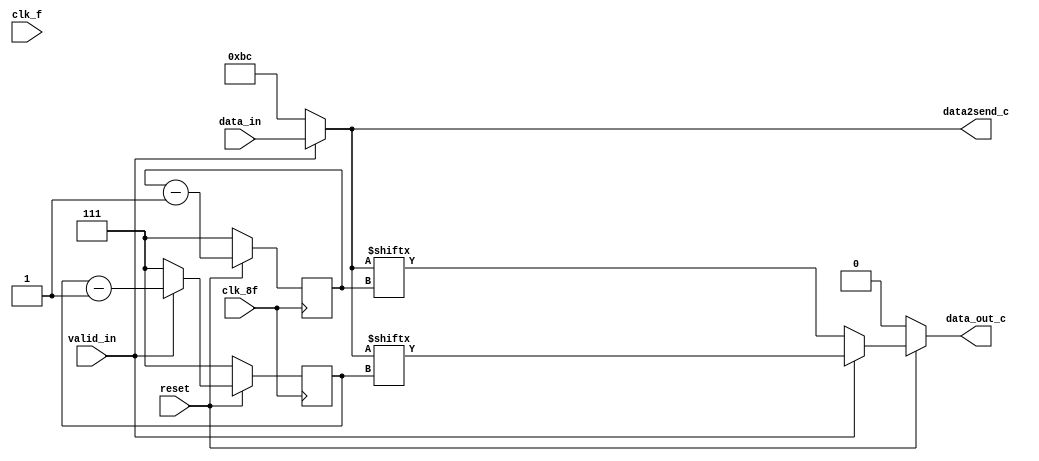
module Paralelo_Serie_conductual(input  clk_8f,
                                 input  clk_f,
                                 input  [7:0] data_in,
                                 input  valid_in,
                                 input  reset,
                                 output reg [7:0] data2send_c,
                                 output reg  data_out_c);
    
    // CABLES Y SEÑALES INTERNAS:
    reg [2:0] j, k;   // Contador
    wire [7:0] data_in;
    wire valid_in, clk_8f, clk_f;

    // LOGICA COMBINACIONAL QUE SE ENCARGA DE LA SALIDA SERIAL:
    always @(*)begin
        if(!reset) begin
            data_out_c = 0;
        end
        else    begin
            if(!valid_in)
                data_out_c = data2send_c[j];
            else
                data_out_c = data2send_c[k];
        end
        
   end

    // FLIP-FLOP ENCARGADO DEL CONTADOR:
   always @(posedge clk_8f) begin
        if (reset) begin
            j <= j-1;
        end
        else
        j <=3'b111;
   end

    // Contador para valid_in==1:
   always @(posedge clk_8f) begin
        if (reset) begin
            if (valid_in) begin
                k <= k-1;
            end
            else begin
                k <=3'b111;
            end  
        end
        else
            k <=3'b111;
   end

    // LOGICA COMBINACIONAL QUE SE ENCARGA DE LA SALIDA data2send:
    always @(*) begin
        if(valid_in) begin
            data2send_c = data_in;
        end
        else begin
            data2send_c = 16'hbc;
        end

    end
    
endmodule